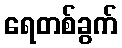
ရေတစ်ခွက်